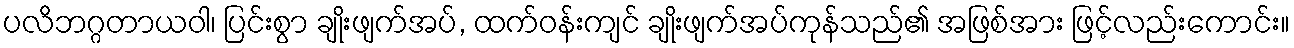
ပလိဘဂ္ဂတာယဝါ၊ ပြင်းစွာ ချိုးဖျက်အပ်, ထက်ဝန်းကျင် ချိုးဖျက်အပ်ကုန်သည်၏ အဖြစ်အား ဖြင့်လည်းကောင်း။